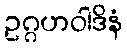
ဥဂ္ဂဟဝါဒိနံ